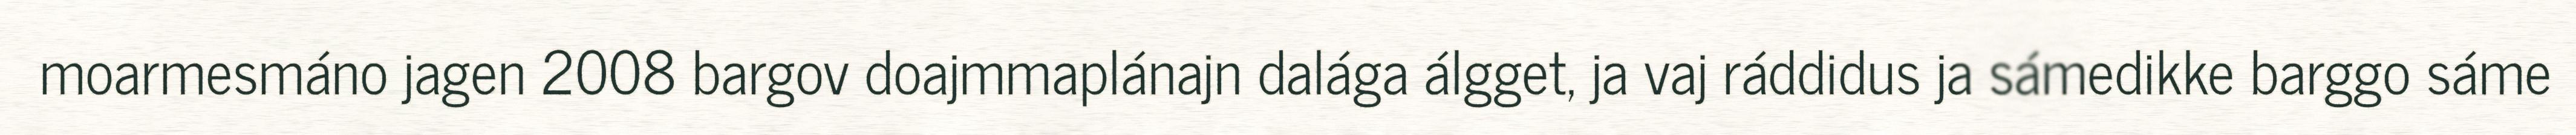
moarmesmáno jagen 2008 bargov doajmmaplánajn dalága álgget, ja vaj ráddidus ja sámedikke barggo sáme